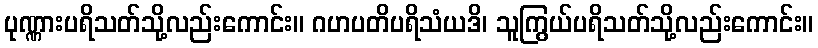
ပုဏ္ဏားပရိသတ်သို့လည်းကောင်း။ ဂဟပတိပရိသံယဒိ၊ သူကြွယ်ပရိသတ်သို့လည်းကောင်း။